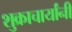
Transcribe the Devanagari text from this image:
शुक्राचार्यांनी